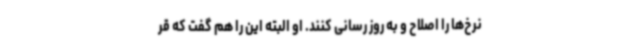
نرخ‌ها را اصلاح و به روز رسانی کنند. او البته این را هم گفت که قر